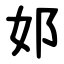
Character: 邚